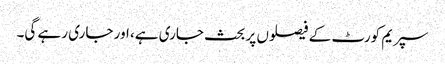
سپریم کورٹ کے فیصلوں پر بحث جاری ہے، اور جاری رہے گی۔